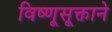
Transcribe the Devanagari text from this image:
विष्णूसूक्ताने